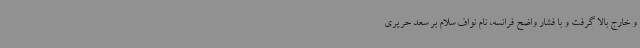
و خارج بالا گرفت و با فشار واضح فرانسه، نام نواف سلام بر سعد حریری